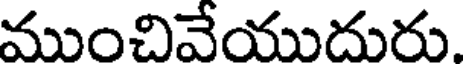
ముంచివేయుదురు